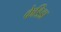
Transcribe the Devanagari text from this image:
केडिडा